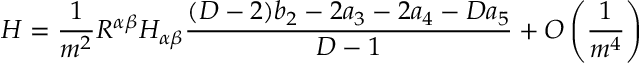
H = \frac { 1 } { m ^ { 2 } } R ^ { \alpha \beta } H _ { \alpha \beta } \frac { ( D - 2 ) b _ { 2 } - 2 a _ { 3 } - 2 a _ { 4 } - D a _ { 5 } } { D - 1 } + O \left( \frac { 1 } { m ^ { 4 } } \right)